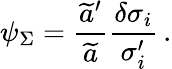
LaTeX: \psi_{\Sigma}={\frac{\widetilde{a}^{\prime}}{\widetilde{a}}}{\frac{\delta\sigma_{i}}{\sigma_{i}^{\prime}}}\, .